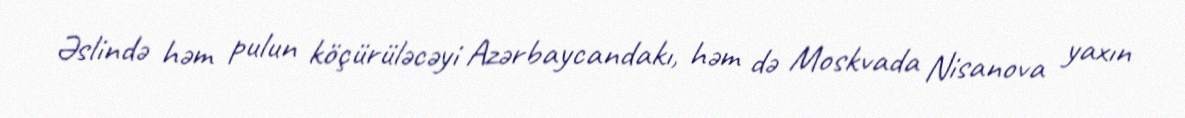
Əslində həm pulun köçürüləcəyi Azərbaycandakı, həm də Moskvada Nisanova yaxın